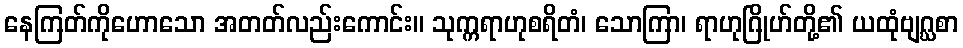
နေကြတ်ကိုဟောသော အတတ်လည်းကောင်း။ သုက္ကရာဟုစရိတံ၊ သောကြာ၊ ရာဟုဂြိုဟ်တို့၏ ယထုံဗျဂ္ဃစာ